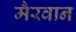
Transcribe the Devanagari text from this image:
मैरवान